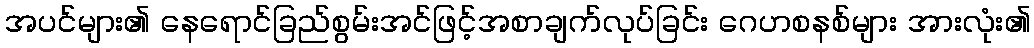
အပင်များ၏ နေရောင်ခြည်စွမ်းအင်ဖြင့်အစာချက်လုပ်ခြင်း ဂေဟစနစ်များ အားလုံး၏